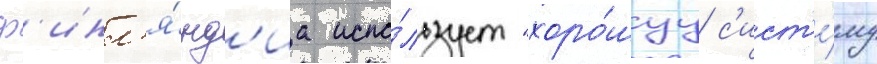
ф'инл'я́нд'иа испо́льзует "хоро́шуу с'ист'е́му